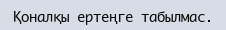
Қоналқы ертеңге табылмас.